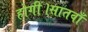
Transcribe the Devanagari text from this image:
होगी।सातवाँ